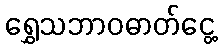
ရွှေသဘာဝဓာတ်ငွေ့